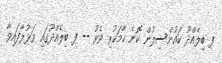
ފ ބިލެއްދޫ ކައުންސިލުން ކޮނެ ހާމަކުރި ވެވު -- ފ ބިލެއްދޫގައި ވަޅުލާފައިވާ